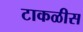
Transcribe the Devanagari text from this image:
टाकळीस